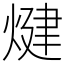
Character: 煡